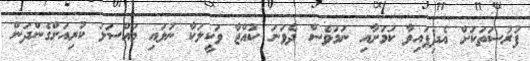
ފުރުސަތަކަށް އެދިފައިވާ ކަމަށާއި ނަމަވެސް ދެވަނަ ކުއްޖާ ވަކީލަކާ ނުލައި މައްސަލަ ކުރިއަށްގެންދަން